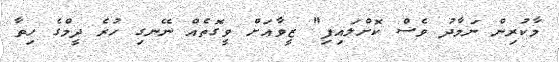
މާކުރިން ނަމާދު ވެސް ކޮށްލައިފި" ޒީވާއަށް ވީގޮތެއް ނޭނގި ހުރެ ދީމްގެ ހިތާ